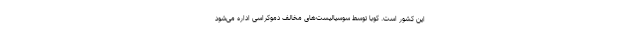
این کشور است. کوبا توسط سوسیالیست‌های مخالف دموکراسی اداره می‌شود